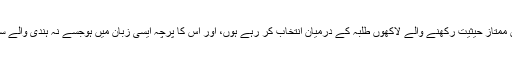
جس امتحان کے ذریعہ سے آپ ملک کی سب سے بڑی نوکری کے لیے پڑھائی میں ممتاز حیثیت رکھنے والے لاکھوں طلبہ کے درمیان انتخاب کر رہے ہوں، اور اس کا پرچہ ایسی زبان میں ہوجسے نہ ہندی والے سمجھ پائیں نہ انگریزی والے، تو اسے ملک کی بد قسمتی نہیں مانیں تو اور کیا مانیں؟